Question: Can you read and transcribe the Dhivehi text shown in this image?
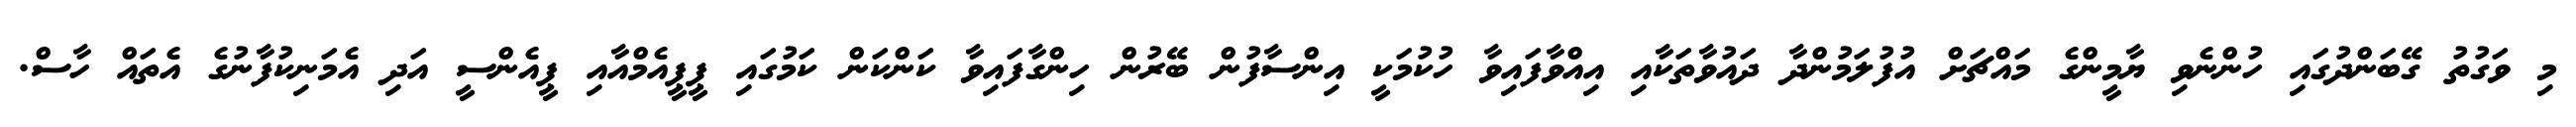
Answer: މި ވަގުތު ގޭބަންދުގައި ހުންނެވި ޔާމީންގެ މައްޗަށް އުފުލަމުންދާ ދައުވާތަކާއި އިއްވާފައިވާ ހުކުމަކީ އިންސާފުން ބޭރުން ހިންގާފައިވާ ކަންކަން ކަމުގައި ޕީޕީއެމްއާއި ޕީއެންސީ އަދި އެމަނިކުފާނުގެ އެތައް ހާސް.